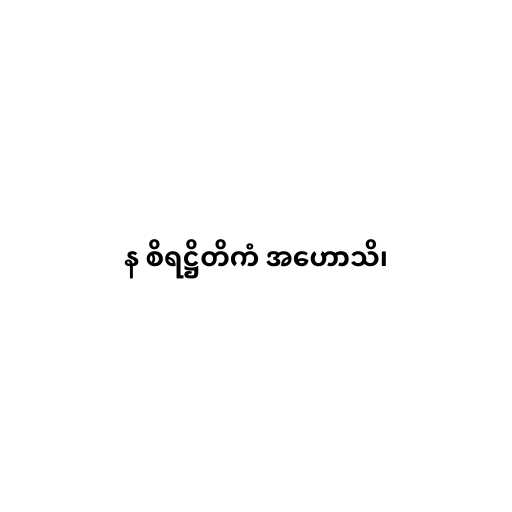
န စိရဋ္ဌိတိကံ အဟောသိ၊